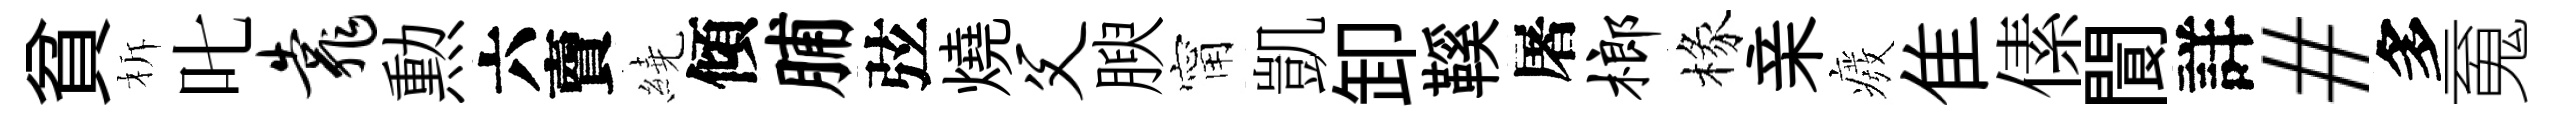
貧柝叱靠勲六𧶠繞傾脯弦燒父腴甯凱卸鞵屠榔椽亲癈隹傃閬詳#多䰟